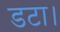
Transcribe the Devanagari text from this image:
डटा।